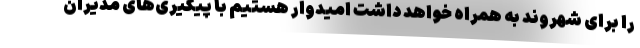
را برای شهروند به همراه خواهد داشت امیدوار هستیم با پیگیری‌های مدیران